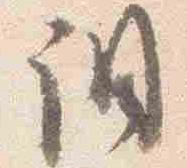
調